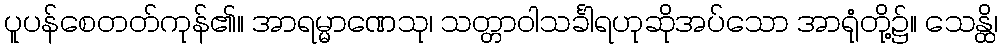
ပူပန်စေတတ်ကုန်၏။ အာရမ္မာဏေသု၊ သတ္တာဝါသင်္ခါရဟုဆိုအပ်သော အာရုံတို့၌။ သေန္ထိ၊